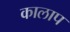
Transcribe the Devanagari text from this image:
कालाप